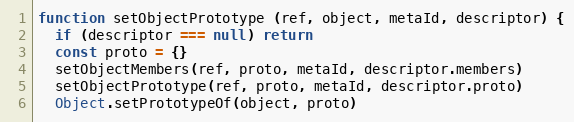
Language: JavaScript
function setObjectPrototype (ref, object, metaId, descriptor) {
  if (descriptor === null) return
  const proto = {}
  setObjectMembers(ref, proto, metaId, descriptor.members)
  setObjectPrototype(ref, proto, metaId, descriptor.proto)
  Object.setPrototypeOf(object, proto)